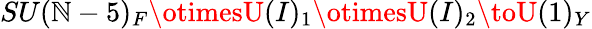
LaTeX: SU(\mathbb{N}-5)_{F}\otimesU(I)_{1}\otimesU(I)_{2}\toU(1)_{Y}